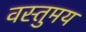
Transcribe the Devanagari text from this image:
वस्तुमय